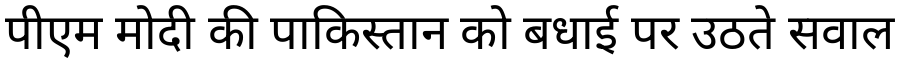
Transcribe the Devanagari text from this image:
पीएम मोदी की पाकिस्तान को बधाई पर उठते सवाल